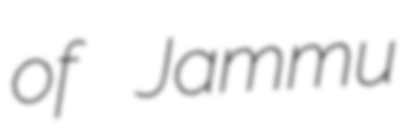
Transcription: of Jammu